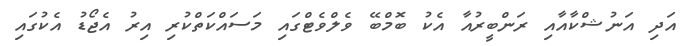
އަދި އަނުޝްކާއާއި ރަންބީރުއާ އެކު ބޮމްބޭ ވެލްވެޓްގައި މަސައްކަތްކުރި އިރު އެޖޯޑު އެކުގައި